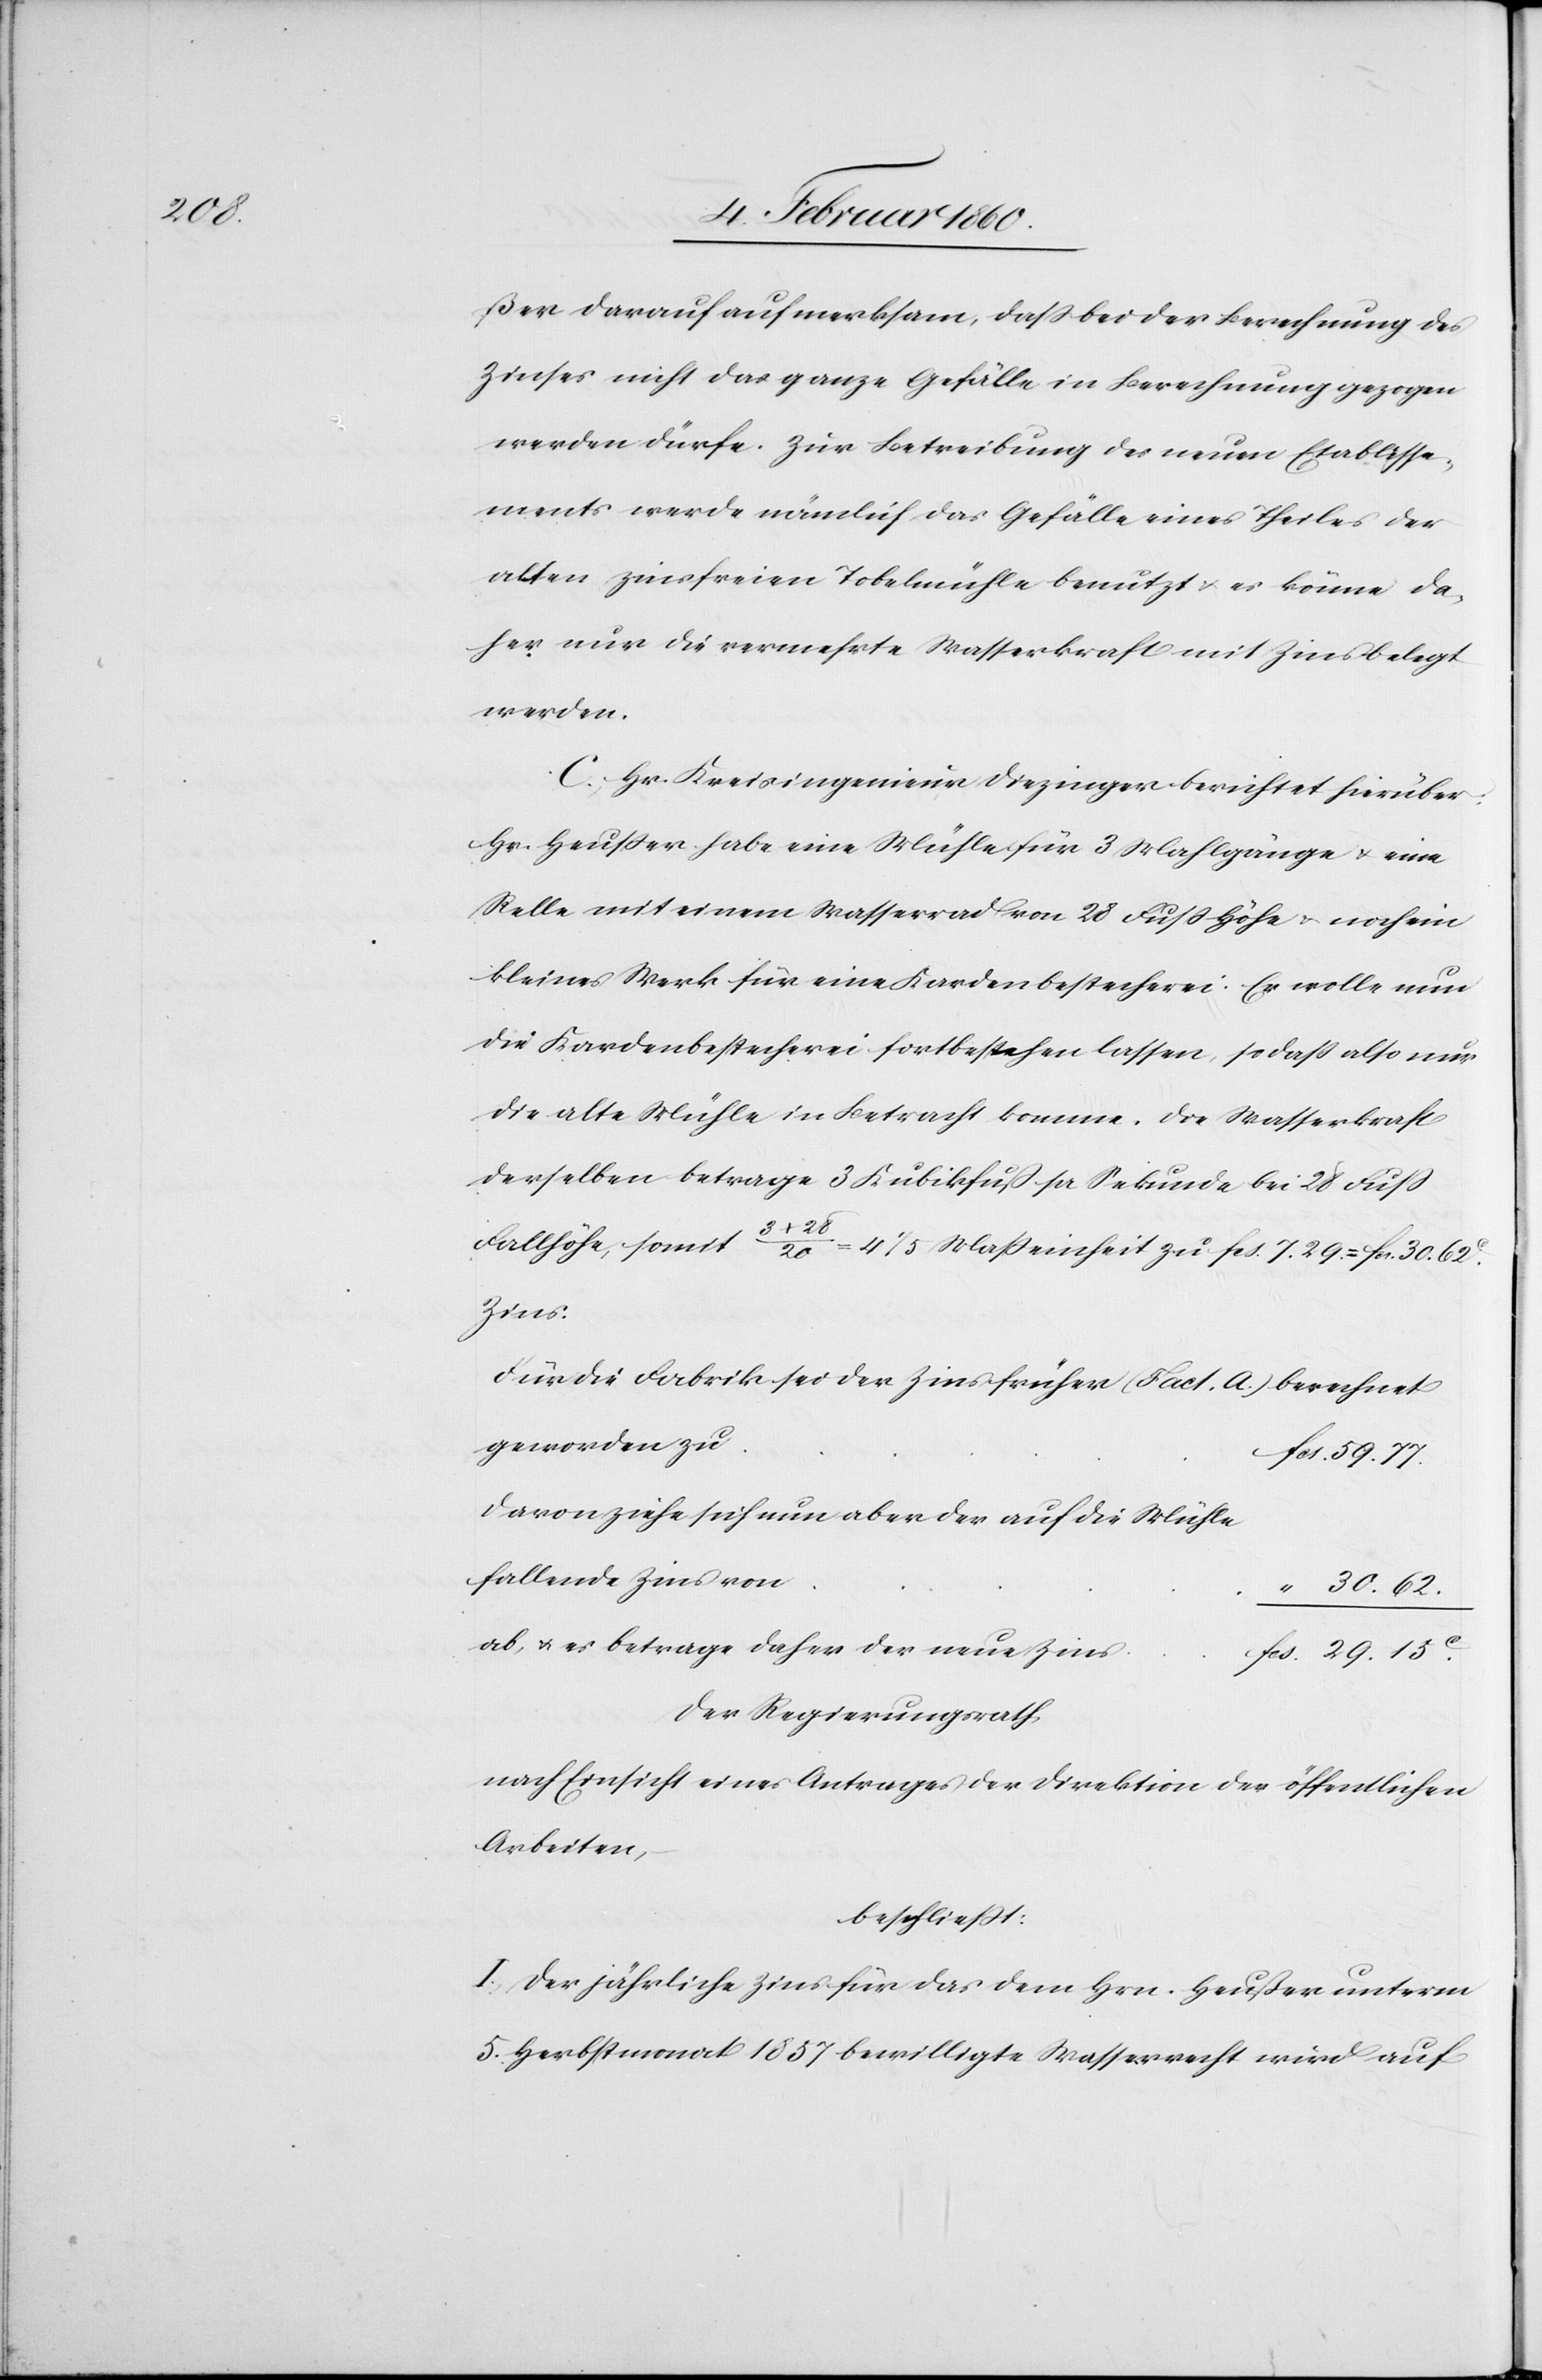
29.

ßer darauf aufmerksam, dass bei der Berechnung des
Zinses nicht das ganze Gefälle in Berechnung gezogen
werden dürfe. Zur Betreibung des neuen Etablisse¬
ments werde nämlich das Gefälle eines Theiles der
alten zinsfreien Tobelmühle benutzt u. es könne da¬
her nur die vermehrte Wasserkraft mit Zins belegt
werden.
C. Hr. Kreisingenieur Diezinger berichtete hierüber:
Hr. Heusser habe eine Mühle für 3. Mahlgänge u. eine
Relle mit einem Wasserrad von 28 Fuss Höhe u. noch ein
kleines Werk für eine Kardenbestecherei: Er wolle nun
die Kardenbestecherei fortbestehen lassen, so dass also nur
die alte Mühle in Betracht komme. Die Wasserkraft
derselben betrage 3 Kubikfuss pr. Sekunde bei 28 Fuss
Fallhöhe, somit 3+28/20=4 1/5 Masseinheit zu fcs. 7. 29=fr. 30. 62C
fcs.
Für die Fabrik sei der Zins früher (Fact. A.) berechnet
geworden zu
59. 77.
Davon ziehe sich nun aber der auf die Mühle
fallende Zins von
30. 62.
ab, u. es betrage daher der neue Zins
Der Regierungsrath,
nach Einsicht eines Antrages der Direktion der öffentlichen
Arbeiten,
beschliesst:
I. Der jährliche Zins für das dem Hrn. Heußer unterm
5. Herbstmonat 1857 bewilligte Wasserrecht wird auf